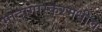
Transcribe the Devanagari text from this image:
मादागास्करमधील